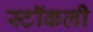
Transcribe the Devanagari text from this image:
स्टॉकली